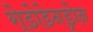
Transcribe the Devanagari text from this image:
रोडोडेनड्रोन